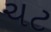
ચટ